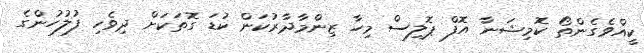
ކީއްވެގެންތޯ ކޮމިޝަނާ އޮފް ޕޮލިސް މިހާ ޒިންމާދާރުކަން ކުޑަ ގޮތަކަށް ދިވެހި ފުލުހުންގެ